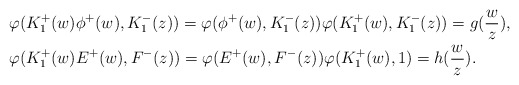
\begin{align*}& \varphi(K_1^+(w) \phi^+(w), K_1^-(z)) = \varphi(\phi^+(w),K_1^-(z)) \varphi(K_1^+(w),K_1^-(z)) = g(\frac{w}{z}), \\& \varphi(K_1^+(w) E^+(w), F^-(z)) = \varphi(E^+(w),F^-(z))\varphi(K_1^+(w),1) = h(\frac{w}{z}).\end{align*}